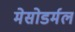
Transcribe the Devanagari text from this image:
मेसोडर्मल